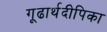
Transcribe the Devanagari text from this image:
गूढार्थदीपिका